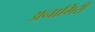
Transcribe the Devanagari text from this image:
अनार्गिरी